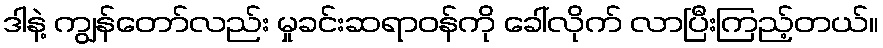
ဒါနဲ့ ကျွန်တော်လည်း မှုခင်းဆရာဝန်ကို ခေါ်လိုက် လာပြီးကြည့်တယ်။